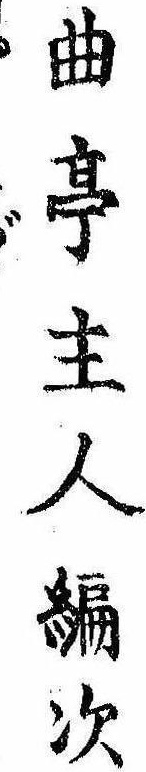
曲亭主人編次